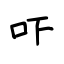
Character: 吓